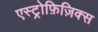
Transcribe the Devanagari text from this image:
एस्ट्रोफ़िज़िक्स